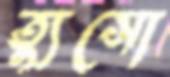
ত্যুসো